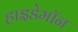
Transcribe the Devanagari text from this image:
हाइडेमॉन